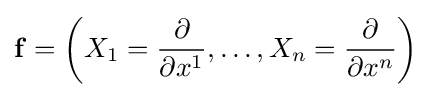
\mathbf {f} =\left(X_{1}={\frac {\partial }{\partial x^{1}}},\dots ,X_{n}={\frac {\partial }{\partial x^{n}}}\right)